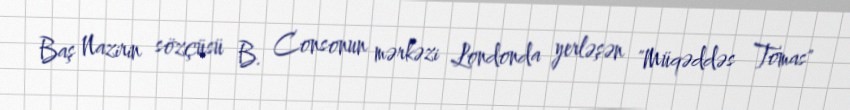
Baş Nazirin sözçüsü B. Consonun mərkəzi Londonda yerləşən "Müqəddəs Tomas"